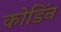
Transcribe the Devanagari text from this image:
कोडिंन